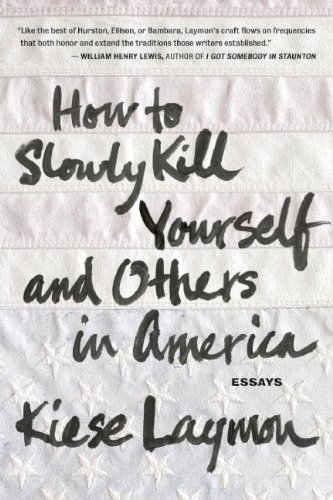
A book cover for How to Slowly Kill Yourself and Others in America; Kiese Laymon; Literature & Fiction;